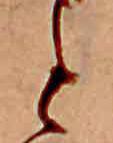
と